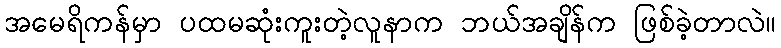
အမေရိကန်မှာ ပထမဆုံးကူးတဲ့လူနာက ဘယ်အချိန်က ဖြစ်ခဲ့တာလဲ။